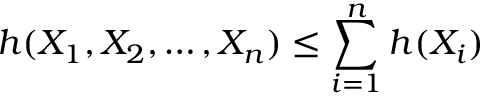
h ( X _ { 1 } , X _ { 2 } , \ldots , X _ { n } ) \leq \sum _ { i = 1 } ^ { n } h ( X _ { i } )